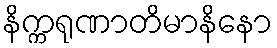
နိက္ကရုဏာတိမာနိနော